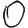
Digit: 0